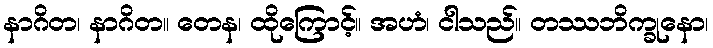
နာဂိတ၊ နာဂိတ။ တေန၊ ထိုကြောင့်။ အဟံ၊ ငါသည်။ တဿဘိက္ခုနော၊